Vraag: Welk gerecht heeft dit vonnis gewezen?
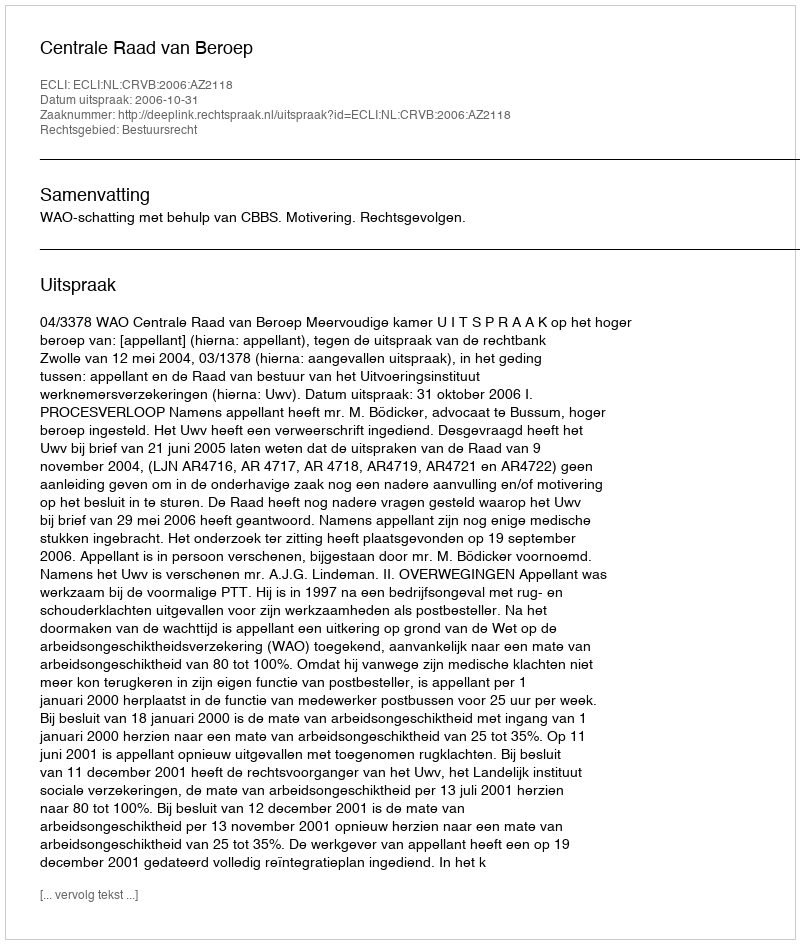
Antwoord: Centrale Raad van Beroep